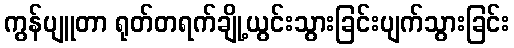
ကွန်ပျူတာ ရုတ်တရက်ချို့ယွင်းသွားခြင်းပျက်သွားခြင်း